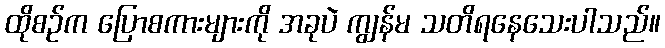
ထိုစဉ်က ပြောစကားများကို အခုပဲ ကျွန်မ သတိရနေသေးပါသည်။